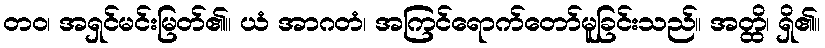
တဝ၊ အရှင်မင်းမြတ်၏။ ယံ အာဂတံ၊ အကြင်ရောက်တော်မူခြင်းသည်။ အတ္ထိ၊ ရှိ၏။